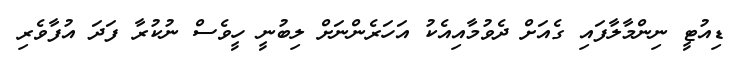
ޑިއުޓީ ނިންމާލާފައި ގެއަށް ދެވުމާއިއެކު އަހަރެންނަށް ލިބުނީ ހީވެސް ނުކުރާ ފަދަ އުފާވެރި